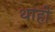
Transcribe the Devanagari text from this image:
थाहों